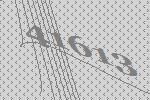
41613